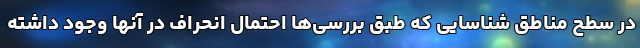
در سطح مناطق شناسایی که طبق بررسی‌ها احتمال انحراف در آنها وجود داشته